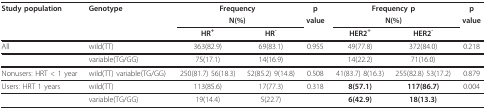
| Study population | Genotype | <COLSPAN=2> Frequency | p | <COLSPAN=2> Frequency p | p |
 |  |  | <COLSPAN=2> N(%) | value | <COLSPAN=2> N(%) | value |
 |  |  | HR+ | HR- |  | HER2+ | HER2- |  |
 | --- | --- | --- | --- | --- | --- | --- | --- |
 | All | wild(TT) | 363(82.9) | 69(83.1) | 0.955 | 49(77.8) | 372(84.0) | 0.218 |
 |  | variable(TG/GG) | 75(17.1) | 14(16.9) |  | 14(22.2) | 71(16.0) |  |
 | Nonusers: HRT < 1 year | wild(TT) variable(TG/GG) | 250(81.7) 56(18.3) | 52(85.2) 9(14.8) | 0.508 | 41(83.7) 8(16.3) | 255(82.8) 53(17.2) | 0.879 |
 | Users: HRT 1 years | wild(TT) | 113(85.6) | 17(77.3) | 0.318 | 8(57.1) | 117(86.7) | 0.004 |
 |  | variable(TG/GG) | 19(14.4) | 5(22.7) |  | 6(42.9) | 18(13.3) |  |